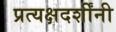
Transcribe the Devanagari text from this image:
प्रत्यक्षदर्शींनी